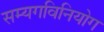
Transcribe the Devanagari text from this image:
सम्यगविनियोग